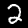
Label: 2